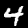
Label: 4